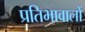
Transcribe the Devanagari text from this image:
प्रतिभावालों